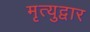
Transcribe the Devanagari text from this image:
मृत्युद्वार